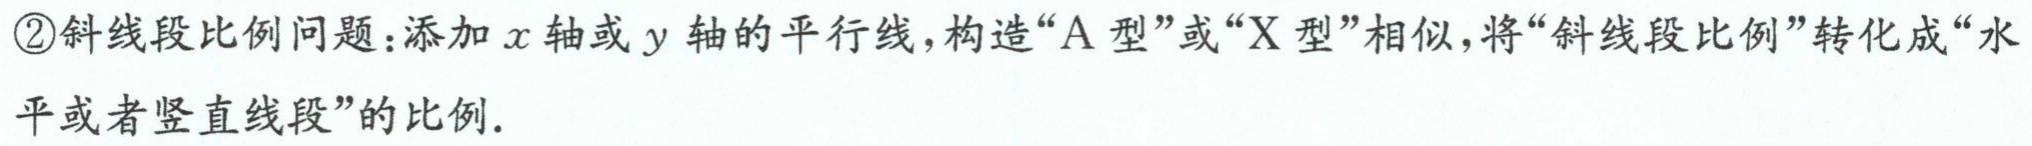
\textcircled{2}斜线段比例问题：添加\(x\)轴或\(y\)轴的平行线，构造“A型”或“X型”相似，将“斜线段比例”转化成“水平或者竖直线段”的比例.